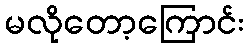
မလိုတော့ကြောင်း